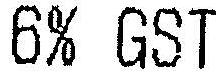
6% GST